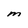
Character: M